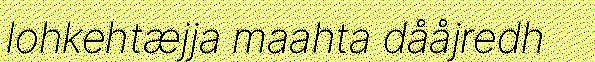
lohkehtæjja maahta dååjredh